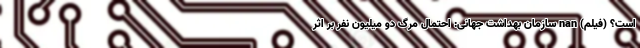
است؟ (فیلم) nan سازمان بهداشت جهانی: احتمال مرگ دو میلیون نفر بر اثر